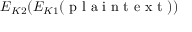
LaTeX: E _ { K 2 } ( E _ { K 1 } ( { \textrm { p l a i n t e x t } } ) )